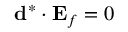
\ensuremath { \mathbf { d } } ^ { * } \cdot \ensuremath { \mathbf { E } _ { f } } = 0